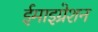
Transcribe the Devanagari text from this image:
ईमाइग्रेशन